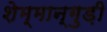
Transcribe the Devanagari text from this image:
शेम्मान्गुड़ी